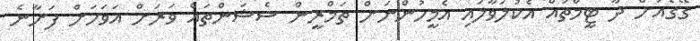
ގޭގެއަށް ދާ ޓީމްތައް އެކުލަވާލައި އެމީހުންނަށް ތަމްރީން ސެޝަންތައް ވަރަށް އަވަހަށް ފަށާނެ